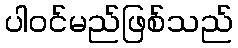
ပါဝင်မည်ဖြစ်သည်